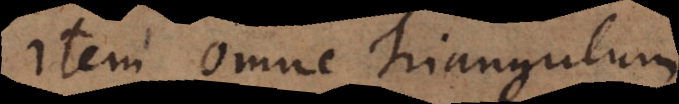
Item omne Triangulum